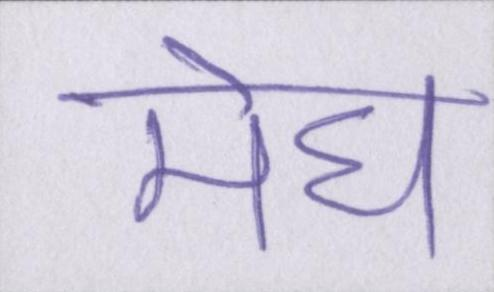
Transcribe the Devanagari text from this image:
मेघ